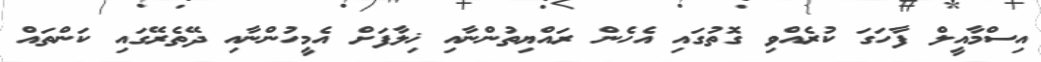
އިސްމާއީލް ފާހަގަ ކުރެއްވި ގޮތުގައި އެހެން ރައްޔިތުންނާއި ޚިލާފަށް އެމީހުންނާއި ދޭތެރޭގައި ކަންތައް